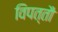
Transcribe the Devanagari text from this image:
विपत्तौ